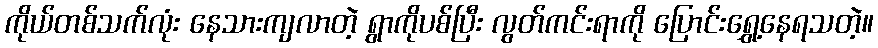
ကိုယ်တစ်သက်လုံး နေသားကျလာတဲ့ ရွာကိုပစ်ပြီး လွတ်ကင်းရာကို ပြောင်းရွှေ့နေရသတဲ့။